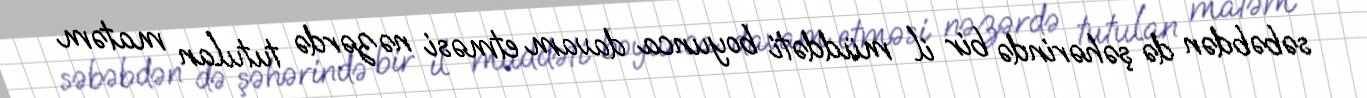
səbəbdən də şəhərində bir il müddəti boyunca davam etməsi nəzərdə tutulan matəm